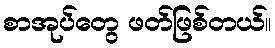
စာအုပ်တွေ ဖတ်ဖြစ်တယ်။